Annual administration report of the Civil Veterinary Department of India - 1897-1898
Year: 1897
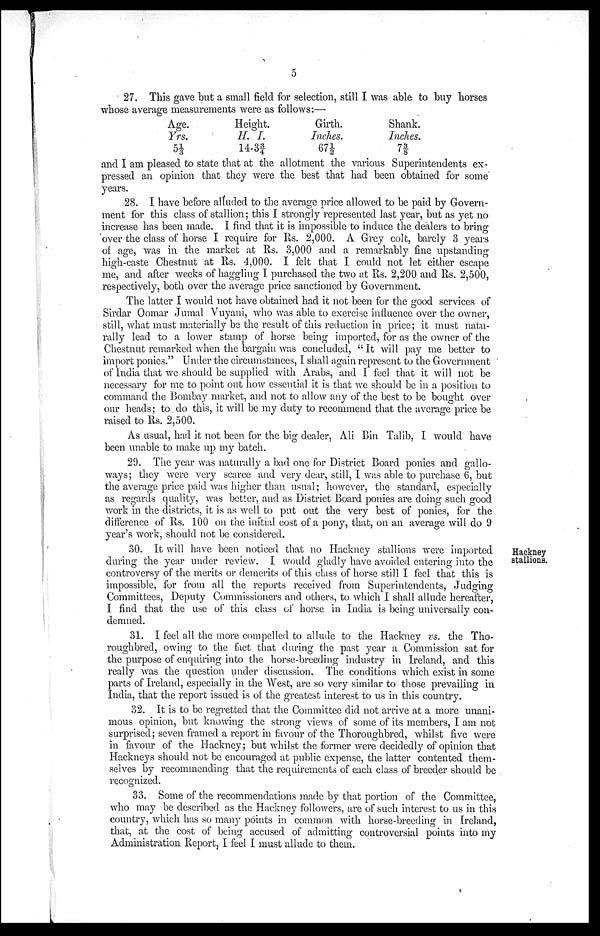
5
27. This gave but a small field for selection, still I was able to buy horses
whose average measurements were as follows:—
Age.
Yrs.
5⅓
Height.
H. I.
14-3¾
Girth.
Inches.
67½
Shank.
Inches.
7⅜
and I am pleased to state that at the allotment the various Superintendents ex
pressed an opinion that they were the best that had been obtained for some
years.
28. I have before alluded to the average price allowed to be paid by Govern
ment for this class of stallion; this I strongly represented last year, but as yet no
increase has been made. I find that it is impossible to induce the dealers to bring
over the class of horse I require for Rs. 2,000. A Grey colt, barely 3 years
of age, was in the market at Rs. 3,000 and a remarkably fine upstanding
high-caste Chestnut at Rs. 4,000. I felt that I could not let either escape
me, and after weeks of haggling I purchased the two at Rs. 2,200 and Rs. 2,500,
respectively, both over the average price sanctioned by Government.
The latter I would not have obtained had it not been for the good services of
Sirdar Oomar Jumal Vuyani, who was able to exercise influence over the owner,
still, what must materially be the result of this reduction in price; it must natu
rally lead to a lower stamp of horse being imported, for as the owner of the
Chestnut remarked when the bargain was concluded, " It will pay me better to
import ponies." Under the circumstances, I shall again represent to the Government
of India that we should be supplied with Arabs, and I feel that it will not be
necessary for me to point out how essential it is that we should be in a position to
command the Bombay market, and not to allow any of the best to be bought over
our heads; to do this, it will be my duty to recommend that the average price be
raised to Rs. 2,500.
As usual, had it not been for the big dealer, Ali Bin Talib, I would have
been unable to make up my batch.
29. The year was naturally a bad one for District Board ponies and gallo
ways; they were very scarce and very dear, still, I was able to purchase 6, but
the average price paid was higher than usual; however, the standard, especially
as regards quality, was better, and as District Board ponies are doing such good
work in the districts, it is as well to put out the very best of ponies, for the
difference of Rs. 100 on the initial cost of a pony, that, on an average will do 9
year's work, should not be considered.
Hackney
stallions.
30. It will have been noticed that no Hackney stallions were imported
during the year under review. I would gladly have avoided entering into the
controversy of the merits or demerits of this class of horse still I feel that this is
impossible, for from all the reports received from Superintendents, Judging
Committees, Deputy Commissioners and others, to which I shall allude hereafter,
I find that the use of this class of horse in India is being universally con
demned.
31. I feel all the more compelled to allude to the Hackney vs. the Tho
roughbred, owing to the fact that during the past year a Commission sat for
the purpose of enquiring into the horse-breeding industry in Ireland, and this
really was the question under discussion. The conditions which exist in some
parts of Ireland, especially in the West, are so very similar to those prevailing in
India, that the report issued is of the greatest interest to us in this country.
32. It is to be regretted that the Committee did not arrive at a more unani
mous opinion, but knowing the strong views of some of its members, I am not
surprised; seven framed a report in favour of the Thoroughbred, whilst five were
in favour of the Hackney; but whilst the former were decidedly of opinion that
Hackneys should not be encouraged at public expense, the latter contented them
selves by recommending that the requirements of each class of breeder should be
recognized.
33. Some of the recommendations made by that portion of the Committee,
who may be described as the Hackney followers, are of such interest to us in this
country, which has so many points in common with horse-breeding in. Ireland,
that, at the cost of being accused of admitting controversial points into my
Administration Report, I feel I must allude to them.